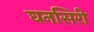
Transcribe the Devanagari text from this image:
घनसिरी